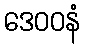
ဒေဝဝနံ